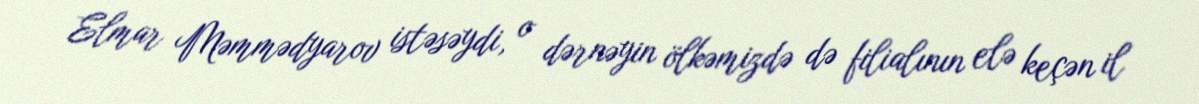
Elmar Məmmədyarov istəsəydi, o dərnəyin ölkəmizdə də filialının elə keçən il